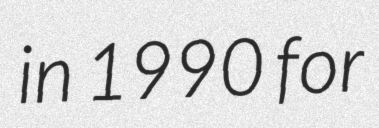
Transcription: in 1990 for